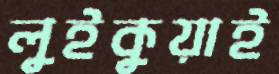
লুইকুয়াই